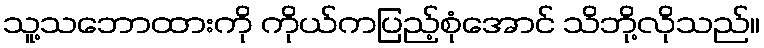
သူ့သဘောထားကို ကိုယ်ကပြည့်စုံအောင် သိဘို့လိုသည်။